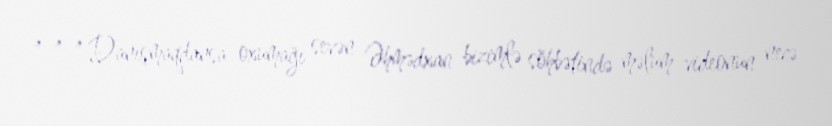
***Danışmaqdansa oxumağı sevən Əhmədxan bizimlə söhbətində məlum videonun necə